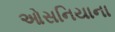
ઓસનિયાના